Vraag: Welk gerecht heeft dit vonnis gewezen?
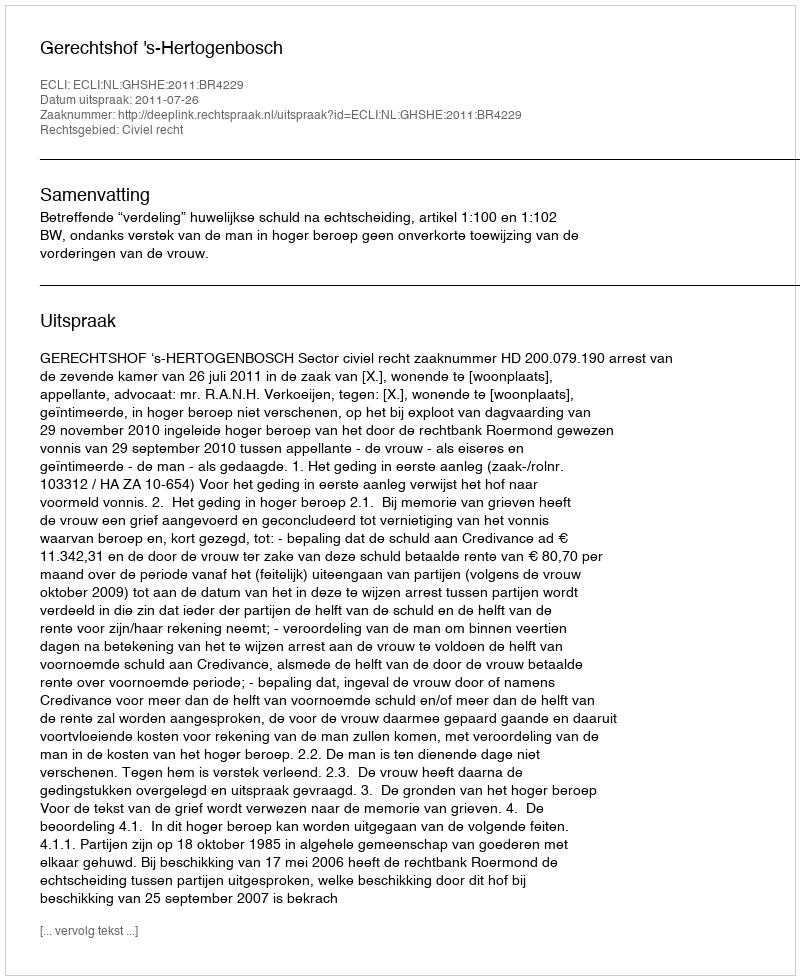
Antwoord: Gerechtshof 's-Hertogenbosch